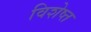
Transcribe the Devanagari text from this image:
विशेष्त